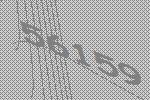
56159